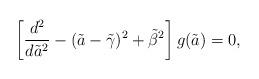
LaTeX: \begin{align*}\left [ {d^2\over d{\tilde a}^2} -(\tilde a-{\tilde \gamma})^2 + {\tilde \beta}^2 \right]g(\tilde a) = 0,\end{align*}